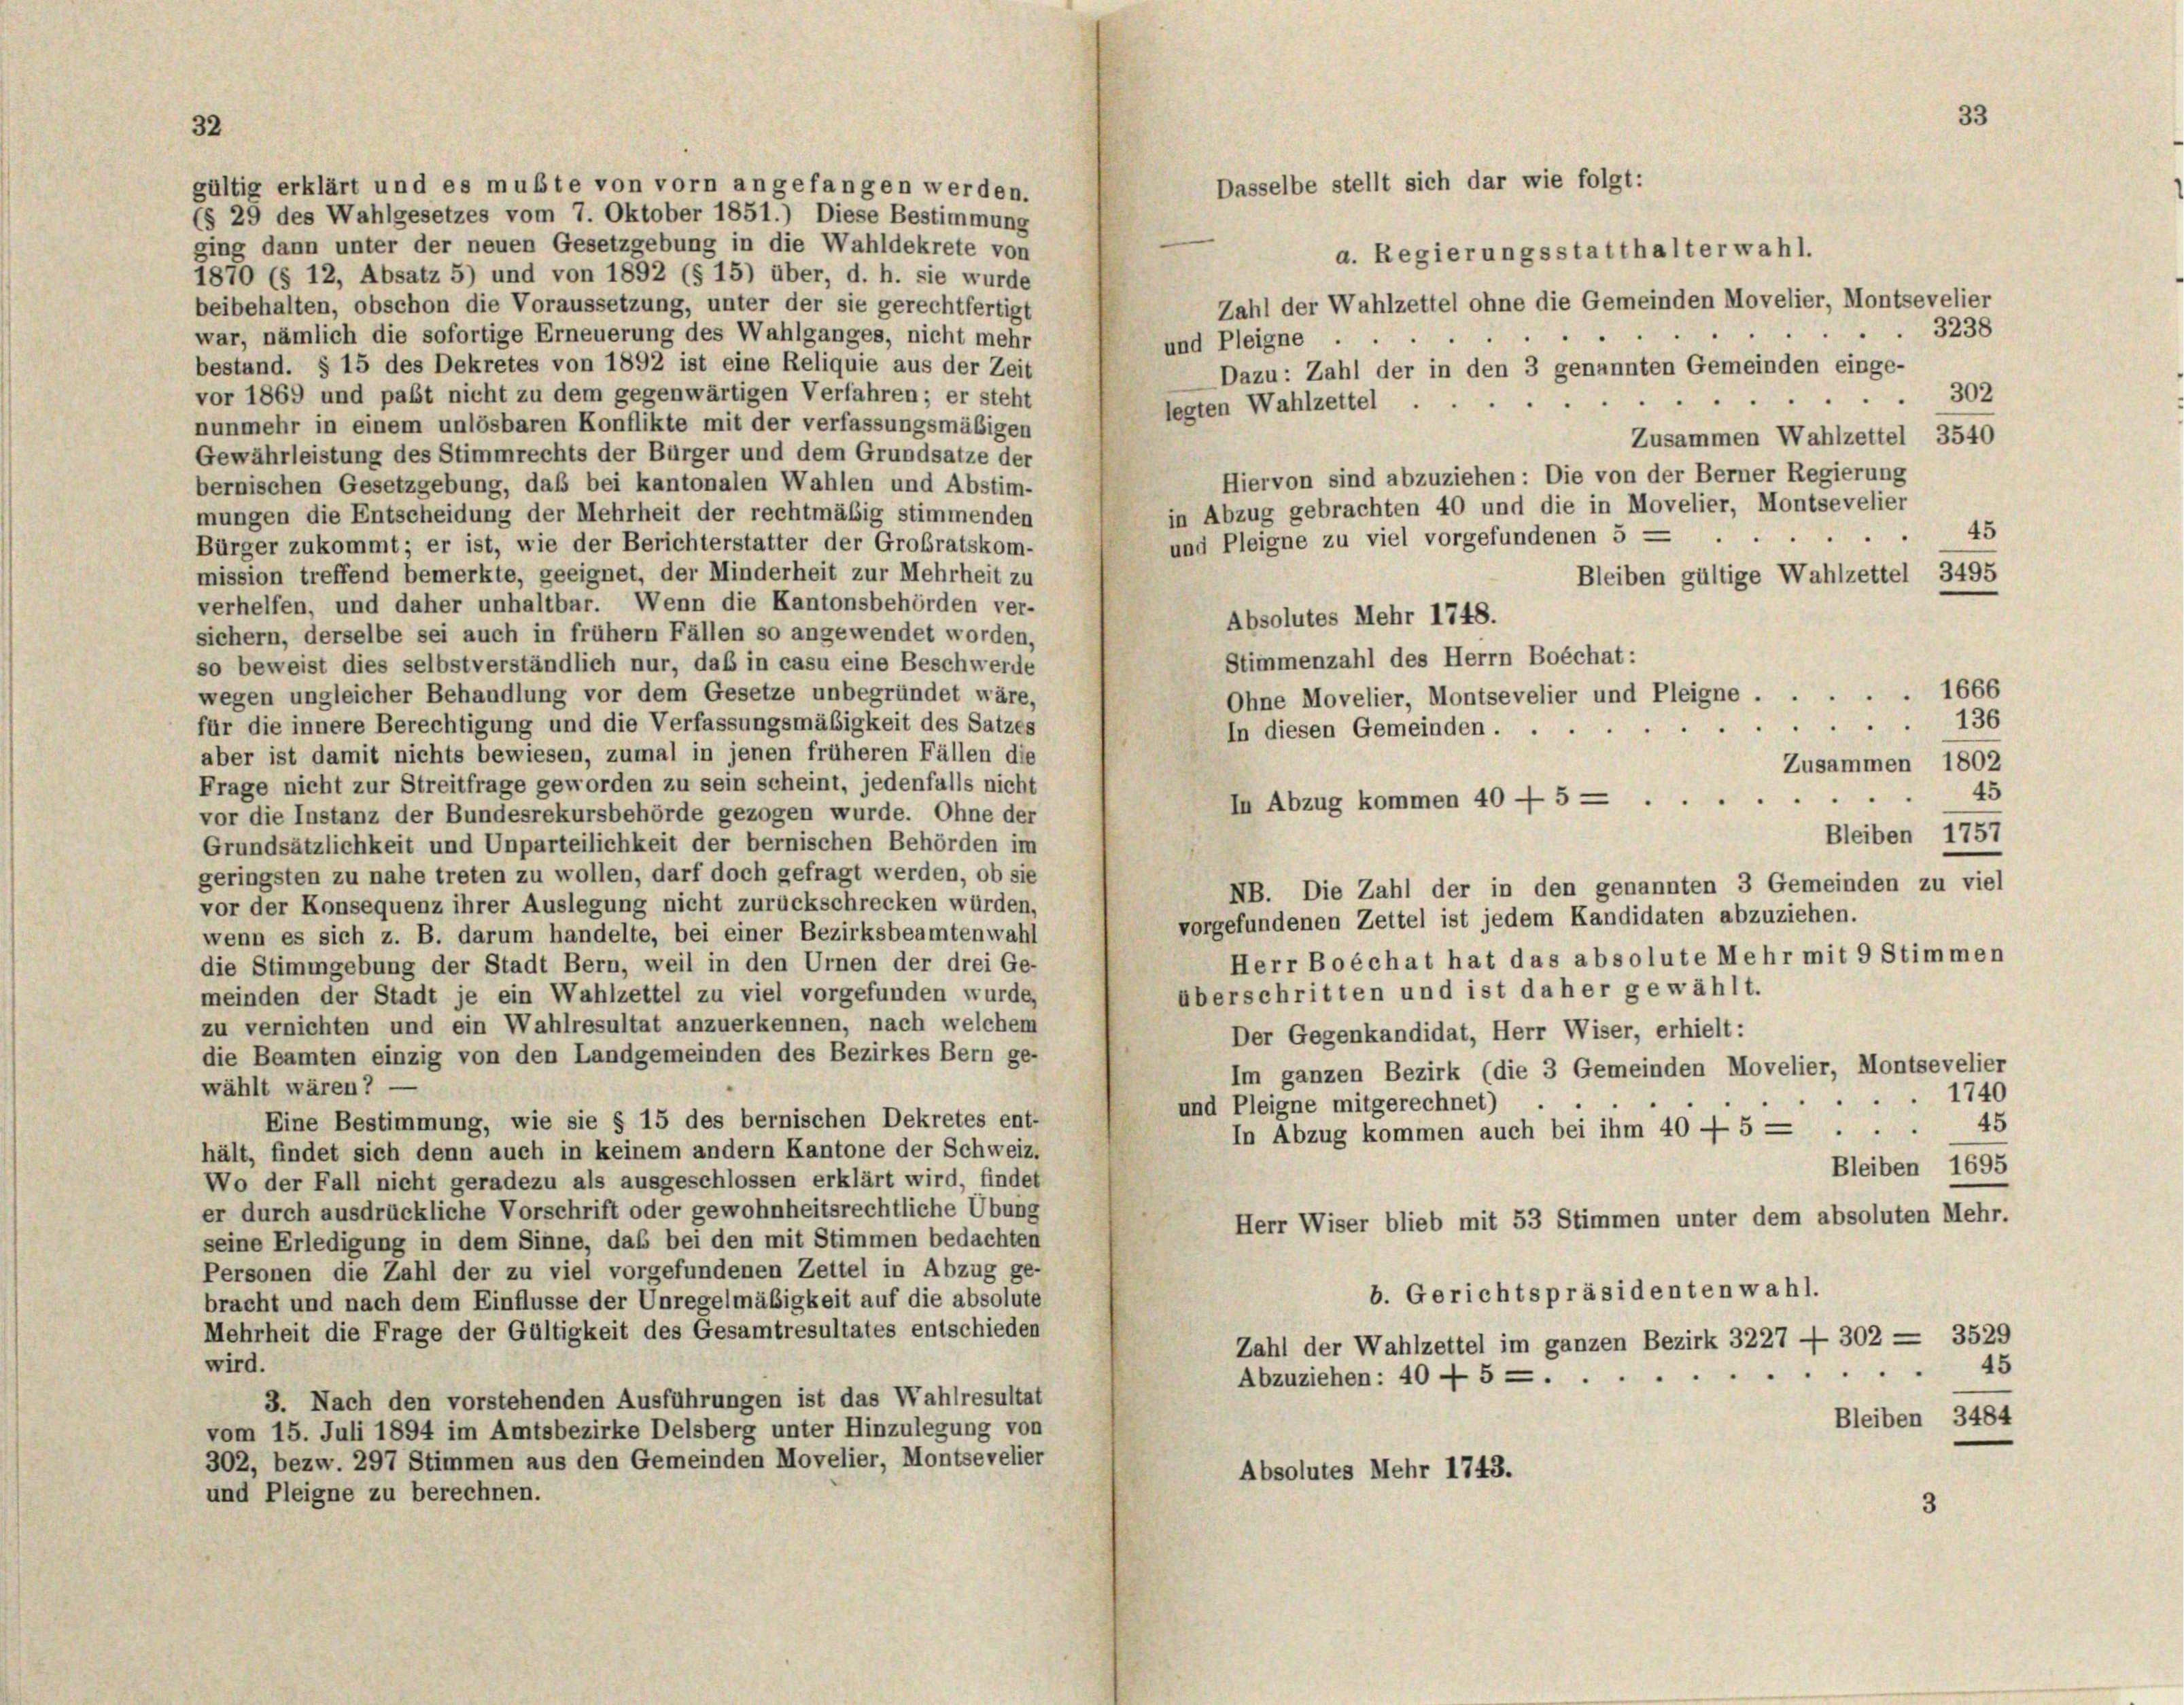
gültig erklärt und es mußte von vorn angefangen werden.
(§ 29 des Wahlgesetzes vom 7. Oktober 1851.) Diese Bestimmung
ging dann unter der neuen Gesetzgebung in die Wahldekrete von
a. Regierungsstatthalterwahl.
1870 (§ 12, Absatz 5) und von 1892 (§ 15) über, d. h. sie wurde
Zahl der Wahlzettel ohne die Gemeinden Movelier, Montsevelier
beibehalten, obschon die Voraussetzung, unter der sie gerechtfertigt
.
war, nämlich die sofortige Erneuerung des Wahlganges, nicht mehr
und Pleigne ...
bestand. § 15 des Dekretes von 1892 ist eine Reliquie aus der Zeit
Dazu: Zahl der in den 3 genannten Gemeinden einge-
vor 1869 und past nicht zu dem gegenwärtigen Verfahren; er steht
302
legten Wahlzettel
nunmehr in einem unlösbaren Konflikte mit der verfassungsmäßigen
Zusammen Wahlzettel 3540
Gewährleistung des Stimmrechts der Bürger und dem Grundsätze der
Hiervon sind abzuziehen: Die von der Berner Regierung
bernischen Gesetzgebung, daß bei kantonalen Wahlen und Abstim-
in Abzug gebrachten 40 und die in Movelier, Montsevelier
mungen die Entscheidung der Mehrheit der rechtmäßig stimmenden
45
und Pleigne zu viel vorgefundenen 5 — .
Bürger zukommt; er ist, wie der Berichterstatter der Großratskom-
mission treffend bemerkte, geeignet, der Minderheit zur Mehrheit zu
Bleiben gültige Wahlzettel 3495
verhelfen, und daher unhaltbar. Wenn die Kantonsbehörden ver-
Absolutes Mehr 1748.
sichern, derselbe sei auch in frühem Fällen so angewendet worden,
Stimmenzahl des Herrn Boéchat:
so beweist dies selbstverständlich nur, daß in casu eine Beschwerde
1666
wegen ungleicher Behandlung vor dem Gesetze unbegründet wäre,
Ohne Movelier, Montsevelier und Pleigne ....
136
für die innere Berechtigung und die Verfassungsmäßigkeit des Satzes
In diesen Gemeinden.
aber ist damit nichts bewiesen, zumal in jenen früheren Fällen die
Zusammen 1802
Frage nicht zur Streitfrage geworden zu sein scheint, jedenfalls nicht
45
In Abzug kommen 40 - 5 — .
vor die Instanz der Bundesrekursbehörde gezogen wurde. Ohne der
Bleiben 1757
Grundsätzlichkeit und Unparteilichkeit der bernischen Behörden im
geringsten zu nahe treten zu wollen, darf doch gefragt werden, ob sie
NB. Die Zahl der in den genannten 3 Gemeinden zu viel
vor der Konsequenz ihrer Auslegung nicht zurückschrecken würden,
vorgefundenen Zettel ist jedem Kandidaten abzuziehen.
wenn es sich z. B. darum handelte, bei einer Bezirksbeamtenwahl
Herr Boéchat hat das absolute Mehr mit 9 Stimmen
die Stimmgebung der Stadt Bern, weil in den Urnen der drei Ge-
überschritten und ist daher gewählt.
meinden der Stadt je ein Wahlzettel zu viel vorgefunden wurde,
zu vernichten und ein Wahlresultat anzuerkennen, nach welchem
Der Gegenkandidat, Herr Wiser, erhielt:
die Beamten einzig von den Landgemeinden des Bezirkes Bern ge-
Im ganzen Bezirk (die 3 Gemeinden Movelier, Montsevelies
wählt wären? —
1740
und Pleigne mitgerechnet)
Eine Bestimmung, wie sie § 15 des bernischen Dekretes ent-
In Abzug kommen auch bei ihm 40 - 545
hält, findet sich denn auch in keinem andern Kantone der Schweiz.
Bleiben 1695
Wo der Fall nicht geradezu als ausgeschlossen erklärt wird, findet
er durch ausdrückliche Vorschrift oder gewohnheitsrechtliche Übung
Herr Wiser blieb mit 53 Stimmen unter dem absoluten Mehr
seine Erledigung in dem Sinne, daß bei den mit Stimmen bedachten
Personen die Zahl der zu viel vorgefundenen Zettel in Abzug ge-
b. Gerichtspräsidenten wahl.
bracht und nach dem Einflüsse der Unregelmäßigkeit auf die absolute
Mehrheit die Frage der Gültigkeit des Gesamtresultates entschieden
Zahl der Wahlzettel im ganzen Bezirk 3227 - 302 — 352.
wird.
4
Abzuziehen: 40 f 5 — .
3. Nach den vorstehenden Ausführungen ist das Wahlresultat
Bleiben 3484
vom 15. Juli 1894 im Amtsbezirke Delsberg unter Hinzulegung von
302, bezw. 297 Stimmen aus den Gemeinden Movelier, Montsevelier
Absolutes Mehr 1743.
und Pleigne zu berechnen.
3

Dasselbe stellt sich dar wie folgt:

3238